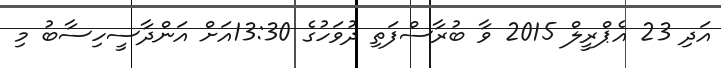
އަދި 23 އެޕްރީލް 2015 ވާ ބުރާސްފަތި ދުވަހުގެ 13:30އަށް އަންދާސީހިސާބު މި